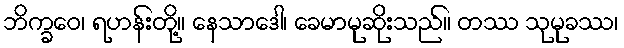
ဘိက္ခဝေ၊ ရဟန်းတို့။ နေသာဒေါ၊ ခေမာမုဆိုးသည်။ တဿ သုမုခဿ၊